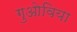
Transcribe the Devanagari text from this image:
गुओविया